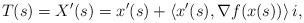
\begin{align*} T(s) = X'(s) =x'(s) + \left<x'(s),\nabla f(x(s))\right>i, \end{align*}